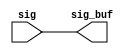
module sctag_min_rptr(/*AUTOARG*/
   // Outputs
   sig_buf, 
   // Inputs
   sig
   );


input	[15:0]	sig;
output	[15:0]	sig_buf;


// build using a minbuf + buf combo. Ensure that height does not
// exceed 10U. Width = 9.6 x 16+

assign	sig_buf = sig ;









endmodule